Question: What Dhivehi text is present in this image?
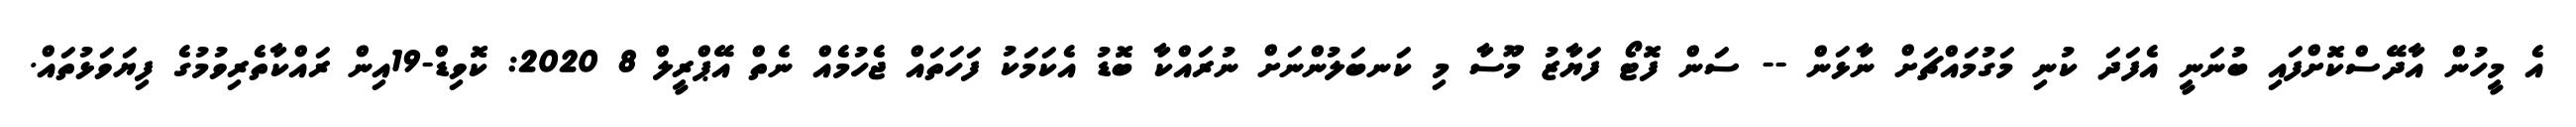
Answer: އެ މީހުން އާދޭސްކޮށްފައި ބުނަނީ އެފަދަ ކުނި މަގުމައްޗަށް ނާޅަން -- ސަން ފޮޓޯ ފަޔާޒު މޫސާ މި ކަނބަލުންނަށް ނުރައްކާ ބޮޑު އެކަމަކު ފަހަތައް ޖެހުމެއް ނެތް އޭޕްރީލް 8 2020: ކޮވިޑް-19އިން ރައްކާތެރިވުމުގެ ފިޔަވަޅުތައް.